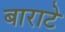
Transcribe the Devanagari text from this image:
बाराटे